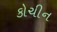
કોચીન